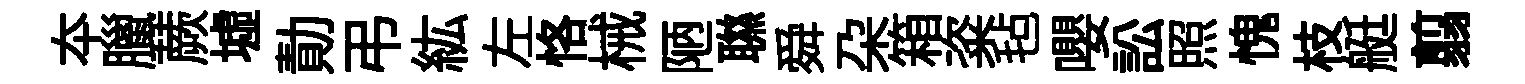
夲臘蕨墟勣弔紘左恪械陋聮舜朶箱粢毡嚶訟照愧枝艇翦